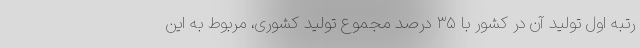
رتبه اول تولید آن در کشور با ۳۵ درصد مجموع تولید کشوری، مربوط به این